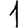
Digit: 1